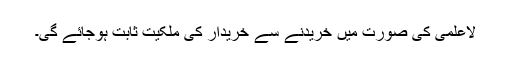
لاعلمی کی صورت میں خریدنے سے خریدار کی ملکیت ثابت ہوجائے گی۔